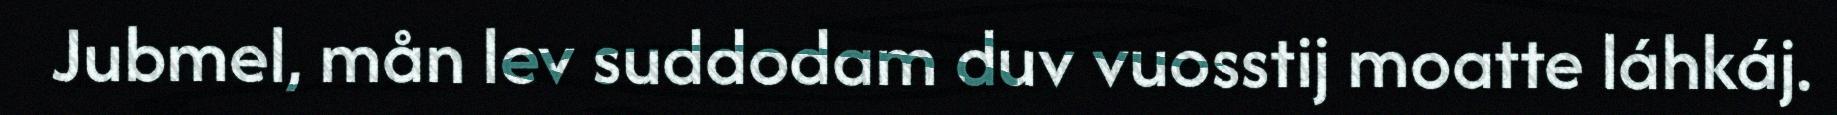
Jubmel, mån lev suddodam duv vuosstij moatte láhkáj.